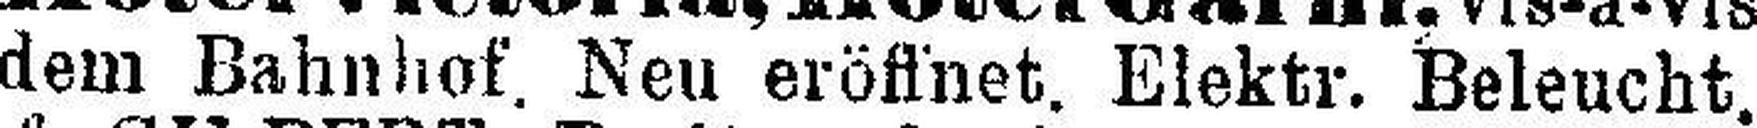
dem Bahnhof. Neu eröffnet. Elektr. Beleucht.